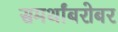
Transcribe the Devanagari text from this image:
समर्थांबरोबर